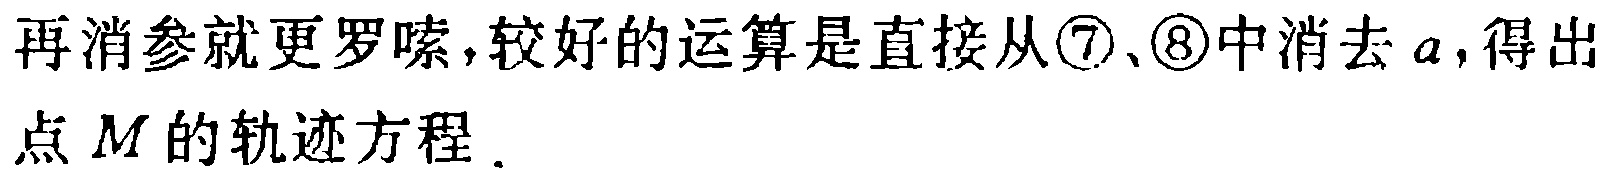
再消参就更啰嗦,较好的运算是直接从\textcircled{7}、\textcircled{8}中消去 \(a\),得出
点 \(M\) 的轨迹方程．